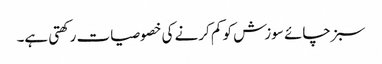
سبز چائے سوزش کو کم کرنے کی خصوصیات رکھتی ہے۔